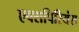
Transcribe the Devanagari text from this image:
एक्सपिरियंस